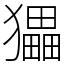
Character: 𤢹